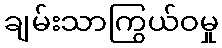
ချမ်းသာကြွယ်ဝမှု